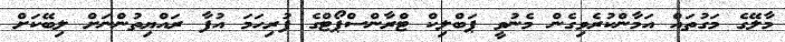
މާލޭގެ މަގުތައް އަމާންކުރެވިގެން މެނުވީ ޕަބްލިކް ޓްރާންސްޕޯޓްގެ ފުރިހަމަ އުފާ ރައްޔިތުންނަށް ލިބޭކަށް